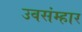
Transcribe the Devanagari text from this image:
उवसंम्हार